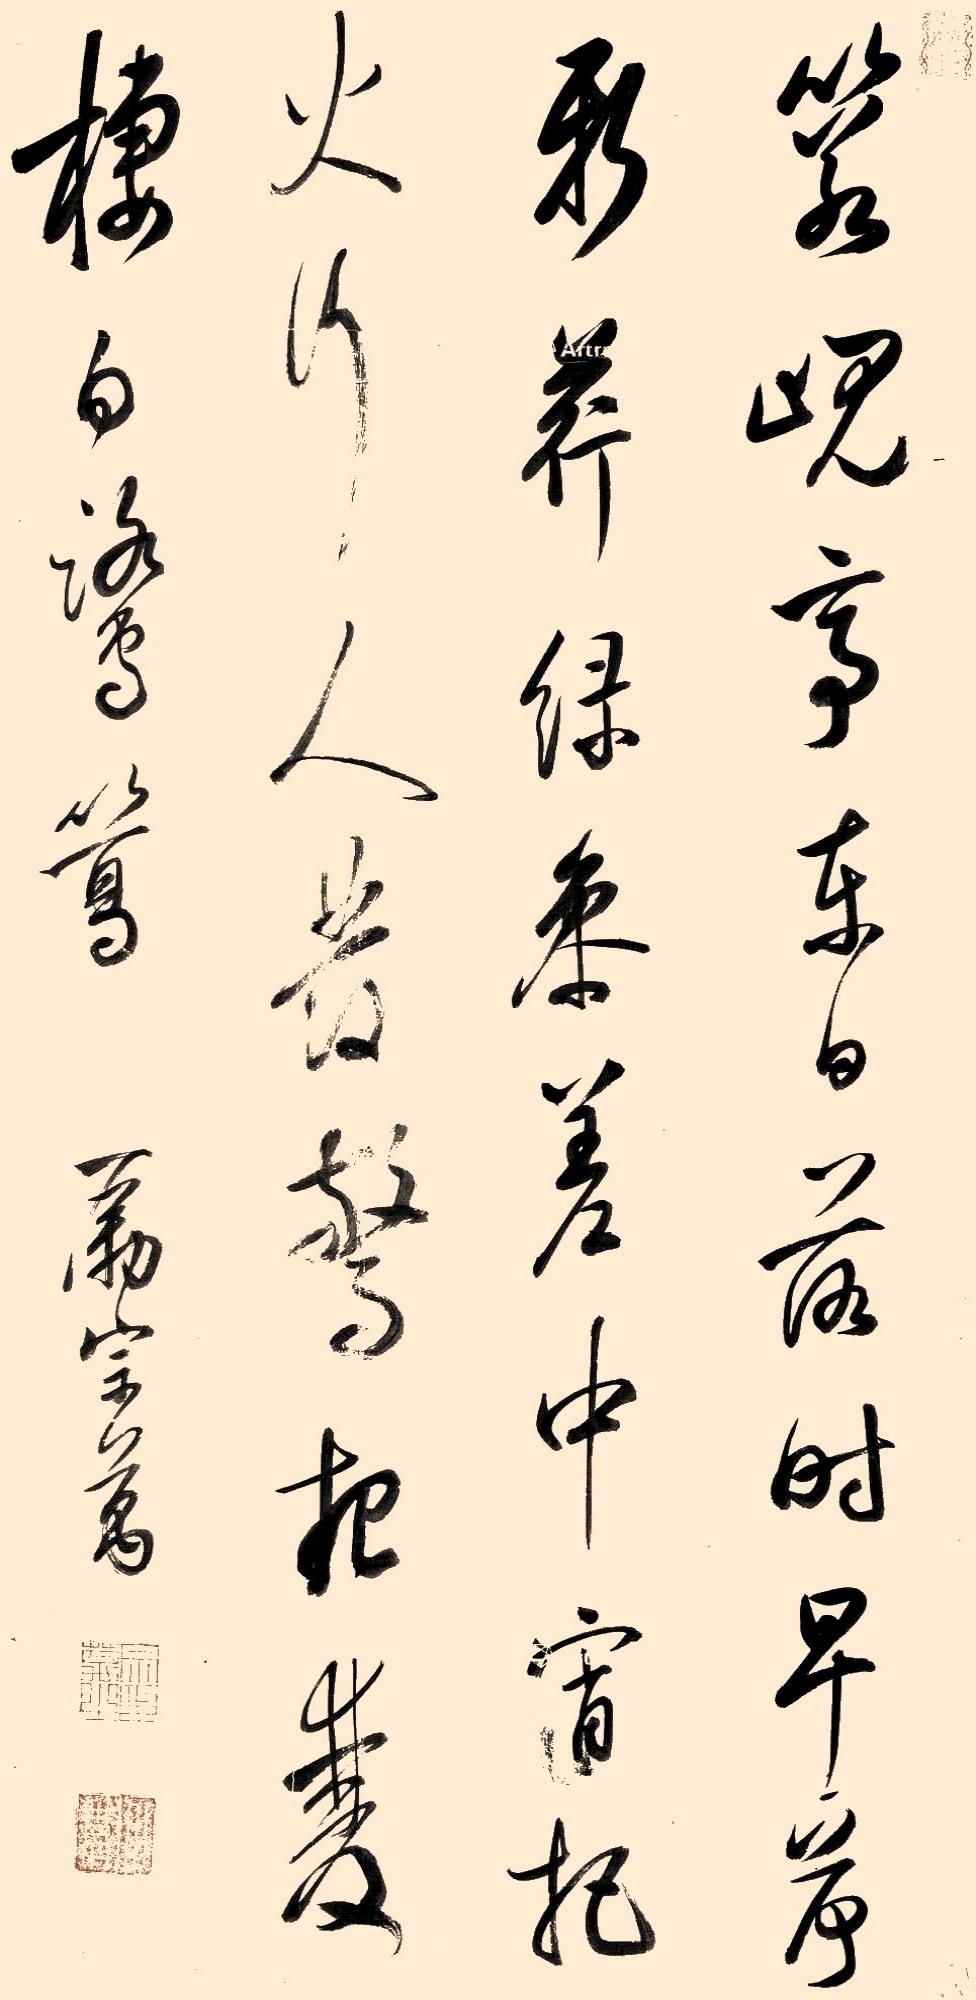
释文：箬岘亭东日落时，早荷新荇绿参差。中宵把火行人发，惊起双栖白鹭鸶。励宗万。